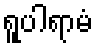
ရူပါရာမံ